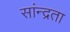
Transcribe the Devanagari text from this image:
सांन्द्रता